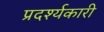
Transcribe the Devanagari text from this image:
प्रदर्श्यकारी